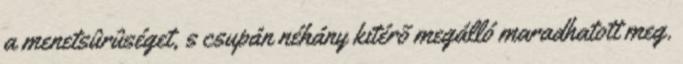
a menetsûrûséget, s csupán néhány kitérõ megálló maradhatott meg.